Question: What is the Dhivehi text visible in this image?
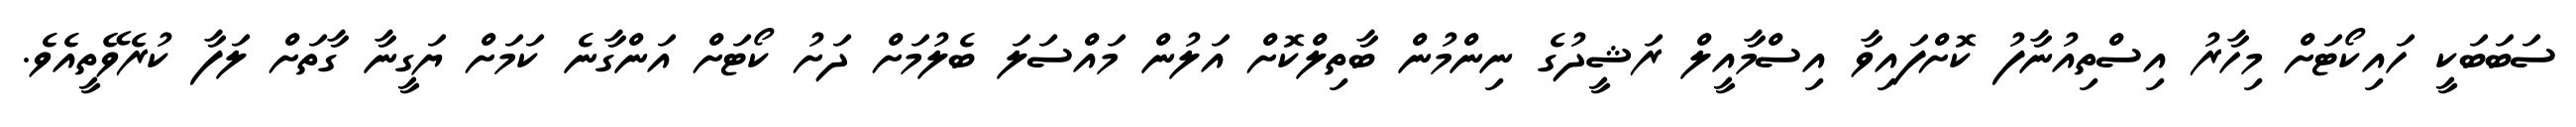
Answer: ސަބަބަކީ ހައިކޯޓަށް މިހާރު އިސްތިއުނާފު ކޮށްފައިވާ އިސްމާއީލް ރަޝީދުގެ ނިންމުން ބާތިލްކޮށް އަލުން މައްސަލަ ބެލުމަށް ދަށު ކޯޓަށް އަންގާނެ ކަމަށް ޔަގީނާ ގާތަށް ލަފާ ކުރެވޭތީއެވެ.